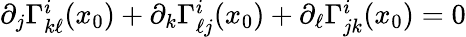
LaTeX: \begin{array}{r}{\partial_{j}\Gamma_{k\ell}^{i}(x_{0})+\partial_{k}\Gamma_{\ell j}^{i}(x_{0})+\partial_{\ell}\Gamma_{jk}^{i}(x_{0})=0}\end{array}